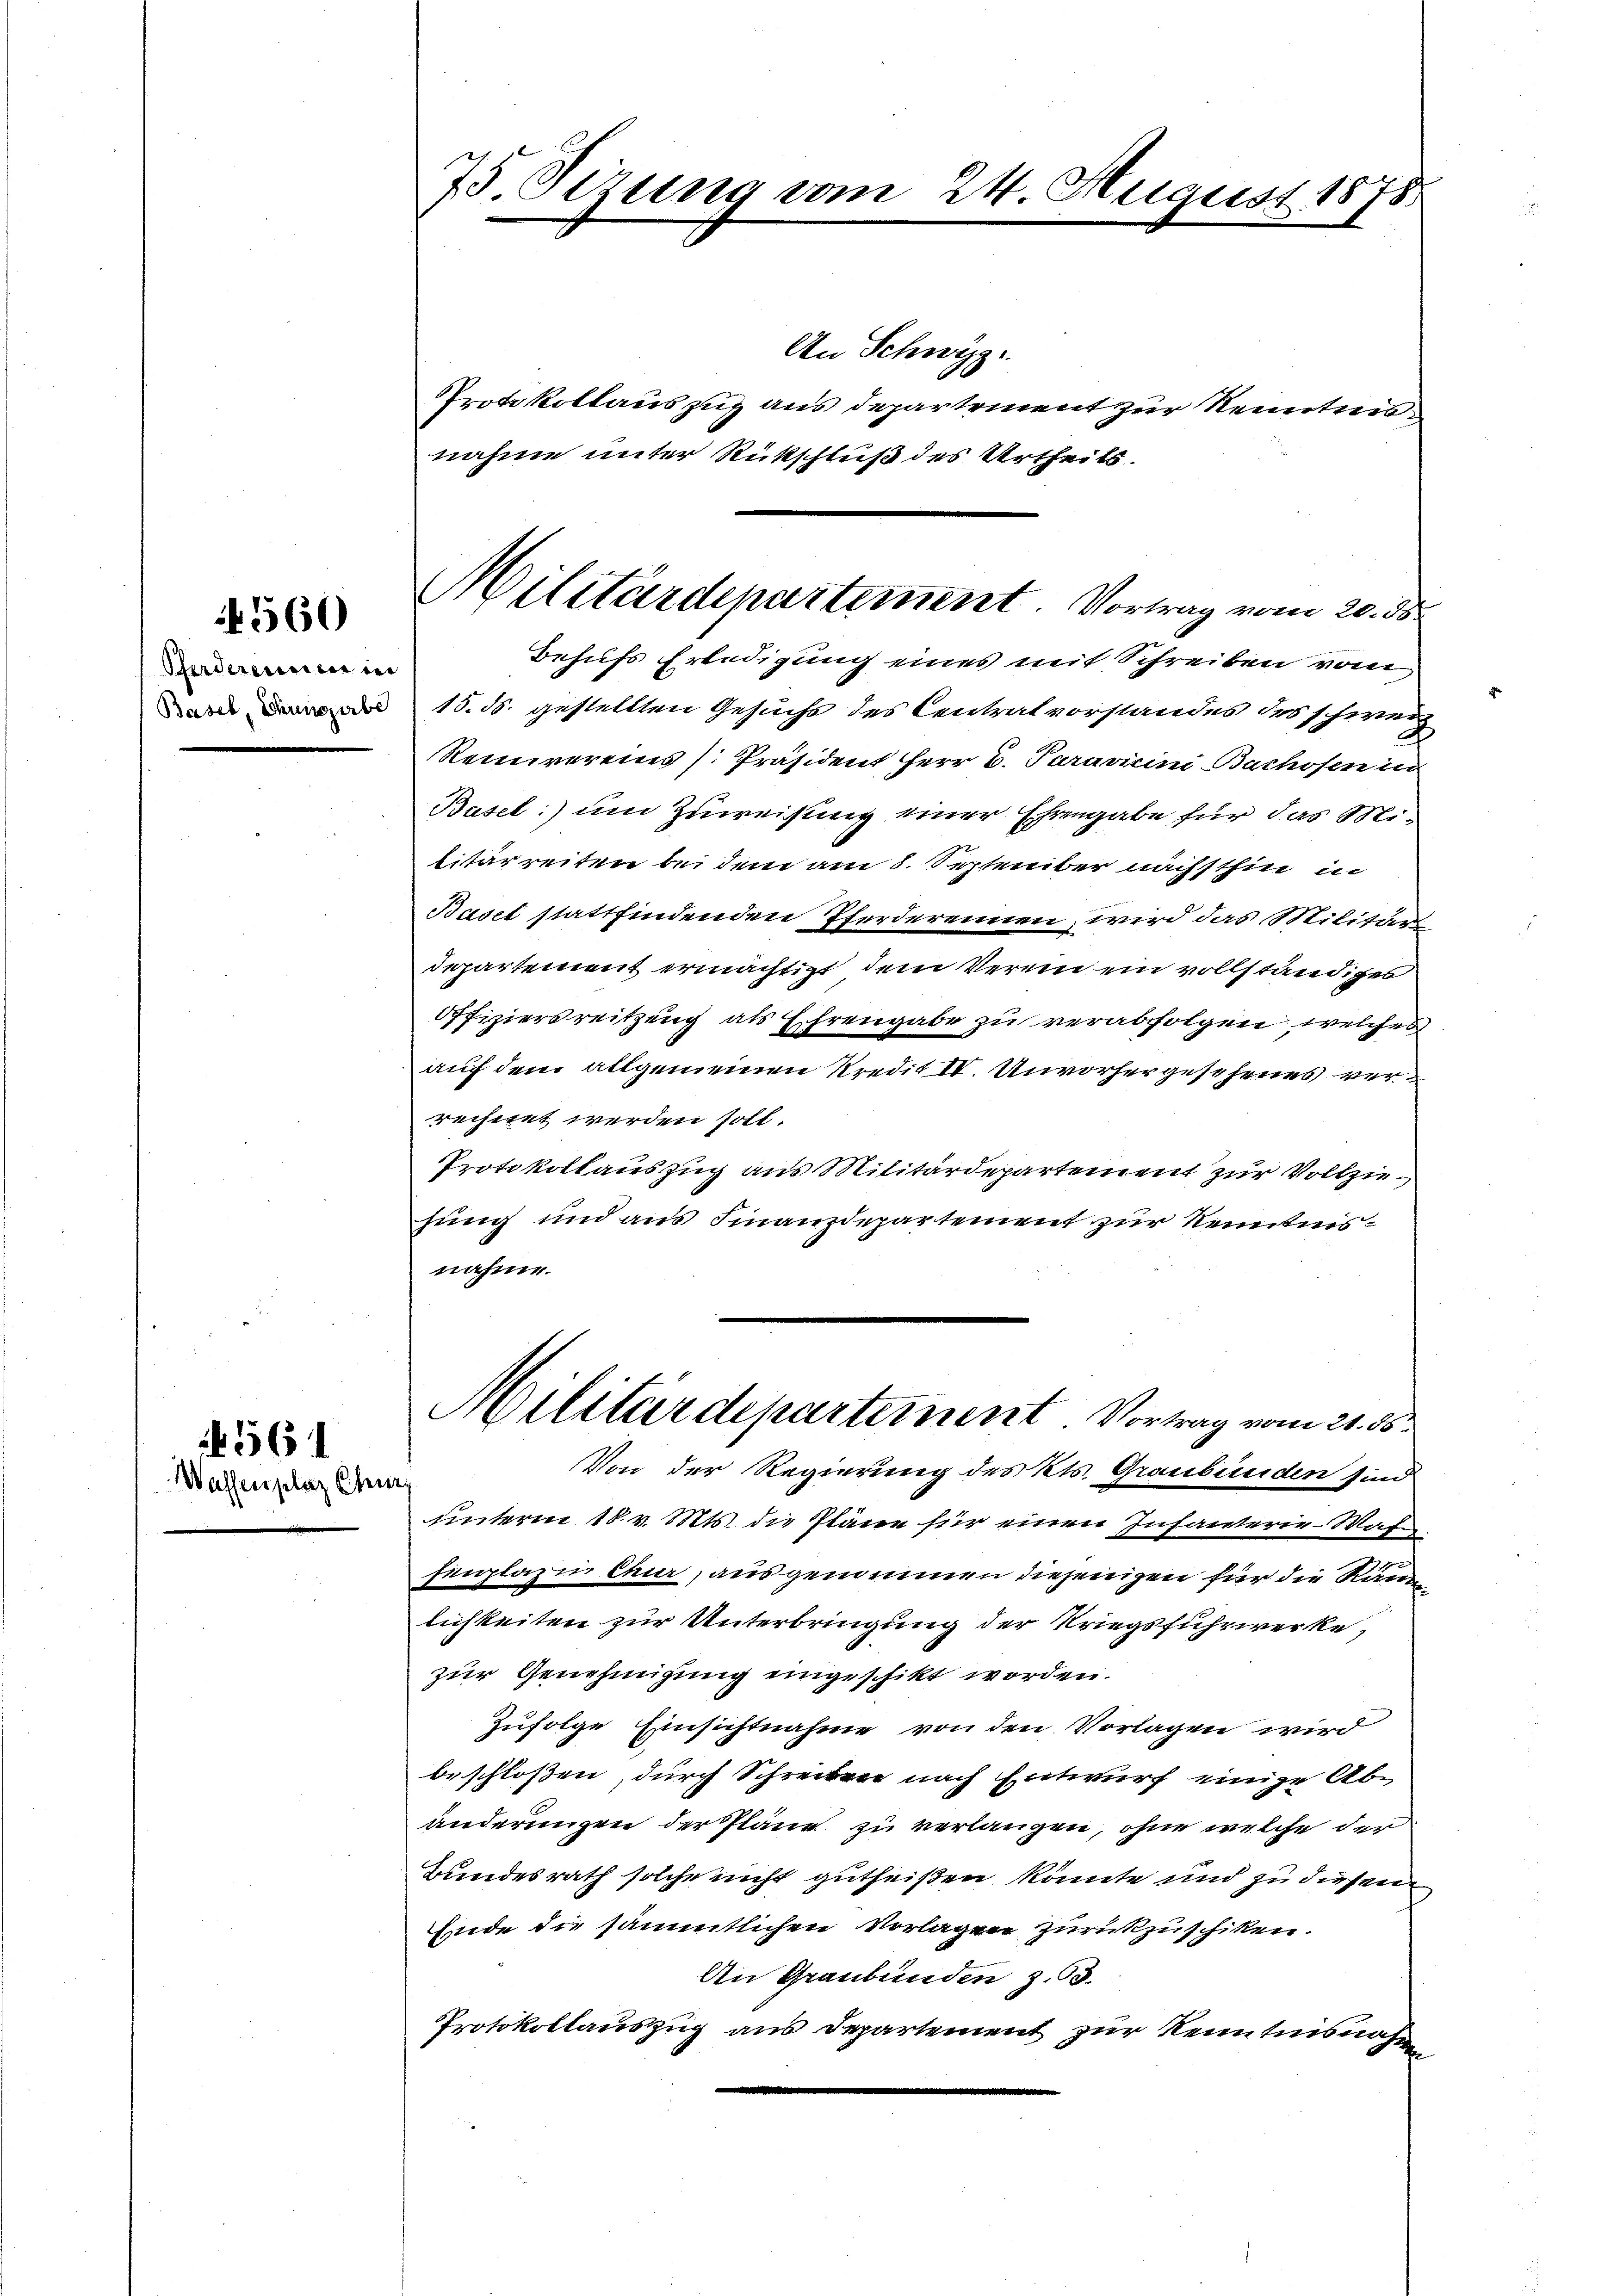
4560

Pferderennen in
Basel, Chringerbe

N 561

Wassenplaz Chur,

75 Sizung vom 24. August 1878

An Schwyz.
Protokollaus zu aus Departement zur Kenntnisnahme unter Rückschluß des Urtheils.

Militärdepartement. Vortrag vom 20. ds.

Behufs Erledigung eines mit Schreiben vom
15. ds. gestellten Gesuchs des Centrat vorstandes des schweiz
Reunivereins Präsident Herr C. Paravicini Bachofen in
Busel:) um Zuweisung einer Ehrengabe für das Militärreiten bei dem am 8. September nächsthin in
Basel stattfindenden Pferderennen wird das Militärs
departement ermächtigt, dem Verein ein vollständiges
Offiziersreitzung als Ehrengabe zu verabfolgen, welches
auf dem allgemeinen Kredit IV. Unvorhergesehenes verrechnet werden soll.
Protokollauszug aus Militärdepartement zur Vollziehung und aus Finanzdepartement zur Kenntnisnahme.
Militärdepartement Vortrag vom 21. ds.
Von der Regierung des Kts. Graubünden sind
unterm 18. v. Mts. die Pläne für einen Infanterie-Wafe
Eilazin Chur, ausgenommen diejenigen für die Räum
lichkeiten zur Unterbringung der Kriegsfuhrwerke,
zur Genehmigung eingeschikt worden.
Zufolge Einsichtnahme von den Vorlagen wird
beschloßen, durch Schreiben nach Entwurf einige Abänderungen der Pläne zu verlangen, ohne welche der
Bundesrath solche nicht gutheißen könnte und zu diesen
Ende die sämmtlichen Vorlagen zurückzuschiken.
An Graubünden z. 63.
Protokollauszug aus Departement zur Kenntnisnah